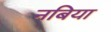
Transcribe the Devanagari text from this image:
नबिया